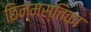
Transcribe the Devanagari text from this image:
छिन्मस्तिका